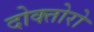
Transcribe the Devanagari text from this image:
दोक्तोरो